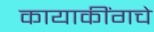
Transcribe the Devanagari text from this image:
कायाकींगचे